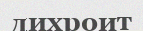
дихроит